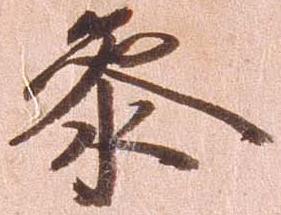
参